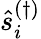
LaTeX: \hat{s}_{i}^{(\dagger)}